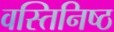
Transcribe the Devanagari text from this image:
वस्तिनिष्ठ